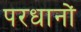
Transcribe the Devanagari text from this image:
परधानों